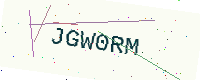
Text: JGW0RM